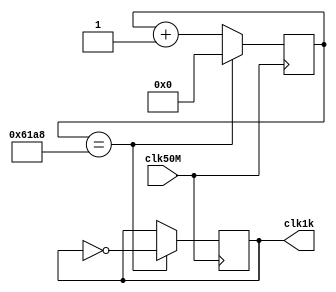
module clk_div(clk50M,clk1k);
	input clk50M;
	output reg clk1k;
	//Declare input and output.
	
	reg [14:0]count;
	//Declare counting integer.
	
	always@(posedge clk50M) begin
		count <= count + 1'b1;
		if (count == 25000) begin
			clk1k <= clk1k ^ 1'b1;
			count <= 1'b0;
		end
		//Alternate the output clock
		//every 25000 cycles.
	end

endmodule